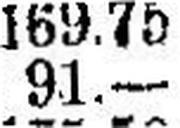
91.—